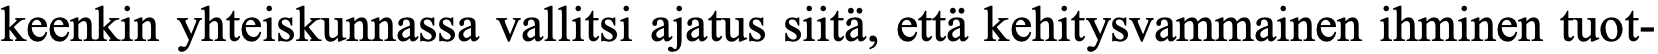
keenkin yhteiskunnassa vallitsi ajatus siitä, että kehitysvammainen ihminen tuot-